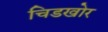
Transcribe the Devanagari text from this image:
चिडखोर